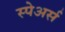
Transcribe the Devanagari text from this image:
स्पेअर्स